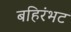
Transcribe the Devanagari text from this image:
बहिरंभट